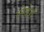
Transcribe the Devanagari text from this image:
लेबेर्ग